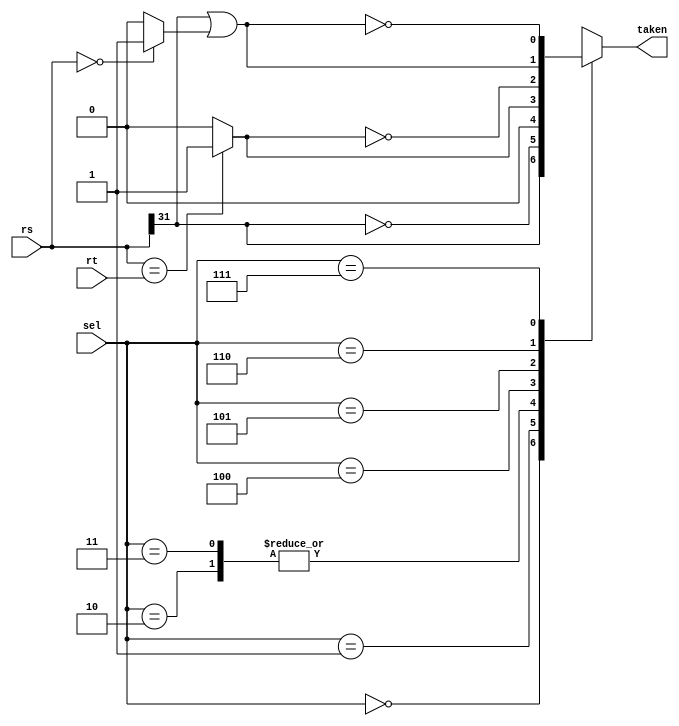
module branch_unit( rs, rt, sel, taken );

        input   [31:0]  rs;
        input   [31:0]  rt;
        input   [2:0]   sel;
        output          taken;
        reg             taken;

        wire            rs_neg;
        wire            rs_neg_n;
        wire            rs_zero;
        wire            rs_zero_n;
        wire            rs_pos;
        wire            rs_pos_n;
        wire            rs_rt_equ;
        wire            rs_rt_equ_n;

        assign          rs_neg = rs[31];
        assign          rs_neg_n = ~rs[31];

        assign          rs_zero = (rs==32'b0) ? 1'b1 : 1'b0 ;
        assign          rs_zero_n = ~rs_zero;

        assign          rs_rt_equ = (rs==rt) ? 1'b1 : 1'b0;
        assign          rs_rt_equ_n = ~rs_rt_equ;

        assign          rs_pos_n = rs_neg | rs_zero ;
        assign          rs_pos = ~ rs_pos_n ;


        always@(sel or rs_neg or rs_neg_n or rs_pos or
                rs_pos_n or rs_rt_equ or rs_rt_equ_n)
        begin
            case(sel)
                3'b000: taken = rs_neg;
                3'b001: taken = rs_neg_n;
                3'b010: taken = 1'b0;
                3'b011: taken = 1'b0;
                3'b100: taken = rs_rt_equ;
                3'b101: taken = rs_rt_equ_n;
                3'b110: taken = rs_pos_n;
                3'b111: taken = rs_pos;
            endcase
        end

endmodule